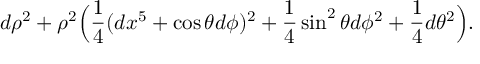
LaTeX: d \rho ^ { 2 } + \rho ^ { 2 } \Big ( { \frac { 1 } { 4 } } ( d x ^ { 5 } + \cos \theta d \phi ) ^ { 2 } + { \frac { 1 } { 4 } } \sin ^ { 2 } \theta d \phi ^ { 2 } + { \frac { 1 } { 4 } } d \theta ^ { 2 } \Big ) .